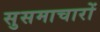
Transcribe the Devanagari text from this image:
सुसमाचारों